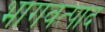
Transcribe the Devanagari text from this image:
भागवत्पाद